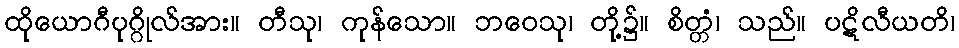
ထိုယောဂီပုဂ္ဂိုလ်အား။ တီသု၊ ကုန်သော။ ဘဝေသု၊ တို့၌။ စိတ္တံ၊ သည်။ ပဋိလီယတိ၊